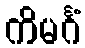
ကိမင်္ဂံ